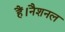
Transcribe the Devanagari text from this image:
हैं।नैशनल